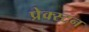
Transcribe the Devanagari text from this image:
प्रेक्स्टन